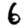
Digit: 6